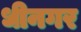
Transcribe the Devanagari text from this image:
धीनगर